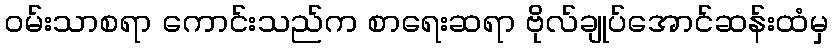
ဝမ်းသာစရာ ကောင်းသည်က စာရေးဆရာ ဗိုလ်ချုပ်အောင်ဆန်းထံမှ